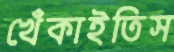
খেঁকাইতিস